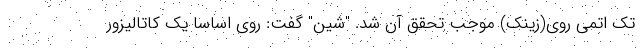
تک اتمی روی(زینک) موجب تحقق آن شد. "شین" گفت: روی اساساً یک کاتالیزور